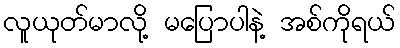
လူယုတ်မာလို့ မပြောပါနဲ့ အစ်ကိုရယ်